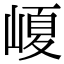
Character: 𡺷